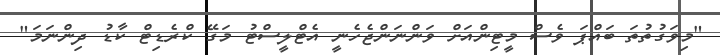
"މިވަގުތުތަ ބައްޕަ ވެސް މީޓިންއަށް ވަންނަންޖެހެނީ އެޓްލީސްޓު މަގޭ ކްރެޑިޓް ކާޑު ދިންނަމަ"